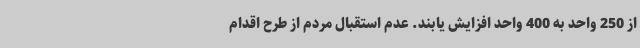
از 250 واحد به 400 واحد افزایش یابند. عدم استقبال مردم از طرح اقدام